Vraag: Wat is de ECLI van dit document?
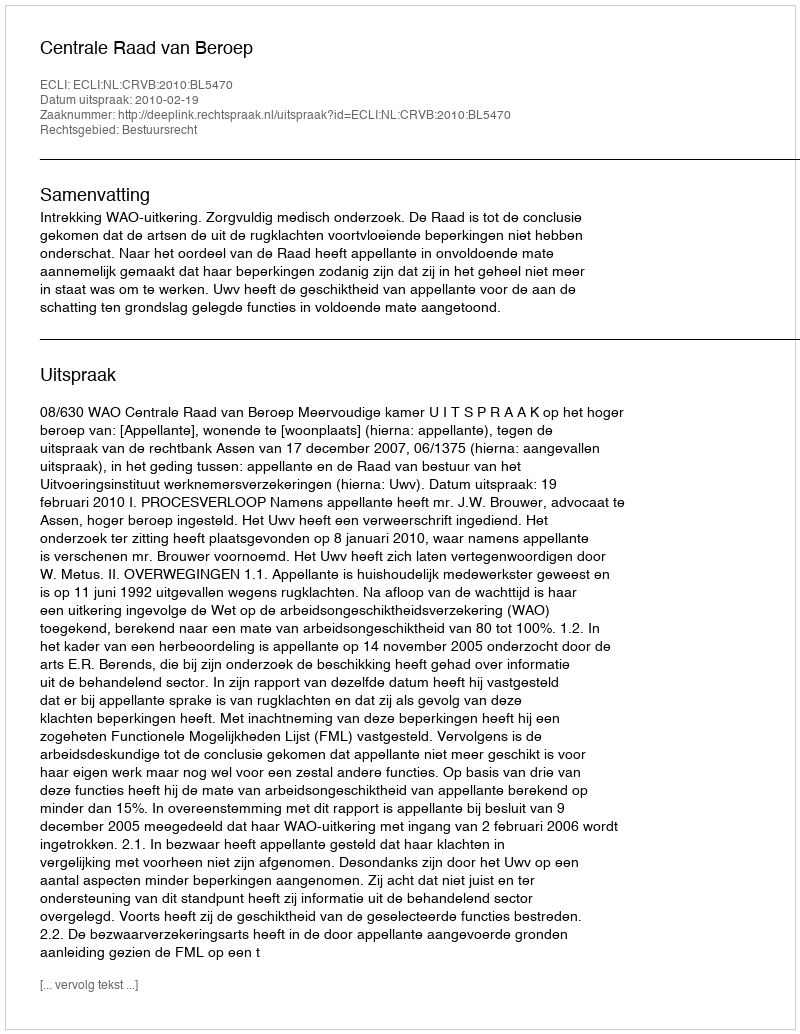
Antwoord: ECLI:NL:CRVB:2010:BL5470